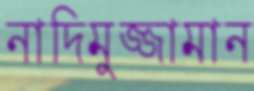
নাদিমুজ্জামান